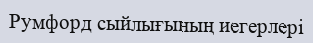
Румфорд сыйлығының иегерлері